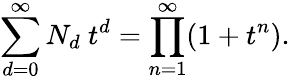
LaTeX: \sum_{d=0}^{\infty}N_{d}~t^{d}=\prod_{n=1}^{\infty}(1+t^{n}).